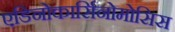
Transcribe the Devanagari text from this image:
एडिनोकार्सिनोमोसिस